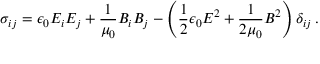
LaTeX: \sigma _ { i j } = \epsilon _ { 0 } E _ { i } E _ { j } + { \frac { 1 } { \mu _ { 0 } } } B _ { i } B _ { j } - \left( { \frac { 1 } { 2 } } \epsilon _ { 0 } E ^ { 2 } + { \frac { 1 } { 2 \mu _ { 0 } } } B ^ { 2 } \right) \delta _ { i j } \, .